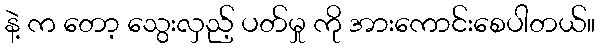
နဲ့ က တော့ သွေးလှည့် ပတ်မှု ကို အားကောင်းစေပါတယ်။